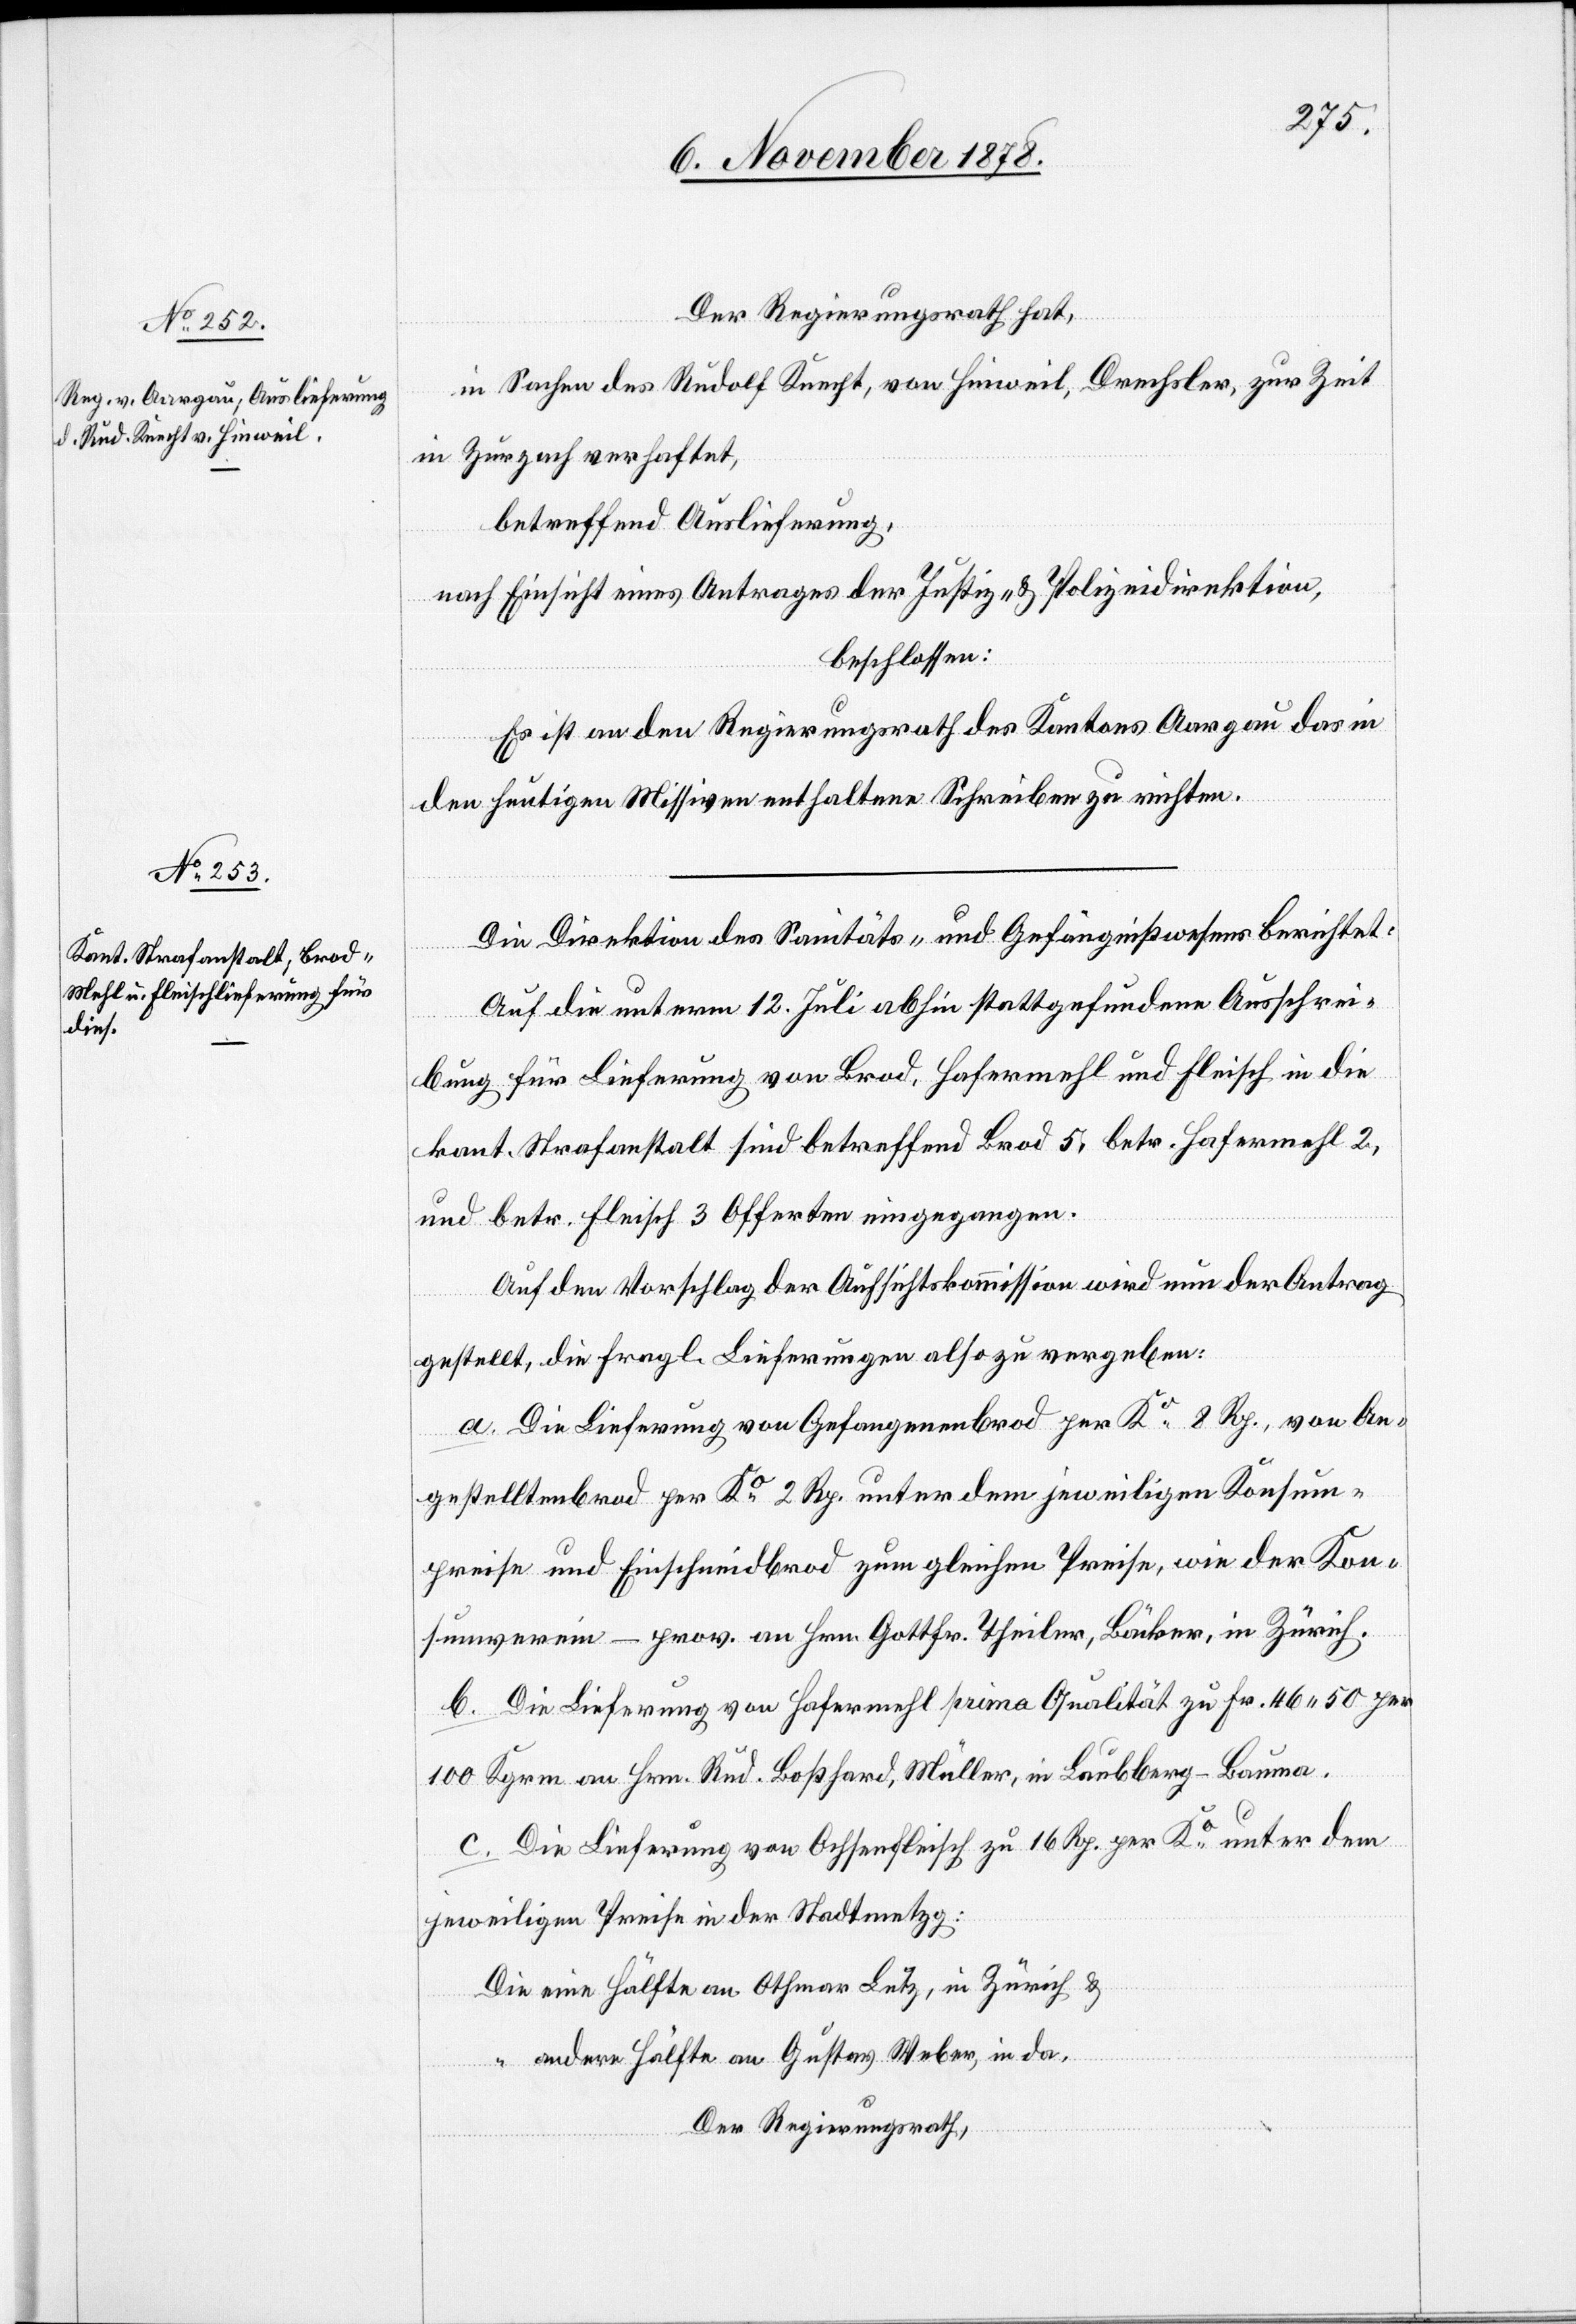
Der Regierungsrath hat,
in Sachen des Rudolf Knecht, von Hinweil, Drechsler, zur Zeit
in Zurzach verhaftet,
betreffend Auslieferung,
nach Einsicht eines Antrages der Justiz- & Polizeidirektion,
beschlossen:
Es ist an den Regierungsrath des Kantons Aargau das in
den heutigen Missiven enthaltene Schreiben zu richten.
Die Direktion des Sanitäts- & Gefängnißwesens berichtet:
Auf die unterm 12. Juli abhin stattgefundene Ausschrei¬
bung für Lieferung von Brod, Hafermehl und Fleisch in die
kant. Strafanstalt sind betreffend Brod 5, betr. Hafermehl 2,
und betr. Fleisch 3 Offerten eingegangen.
Auf den Vorschlag der Aufsichtskommission wird nun der Antrag
gestellt, die fragl. Lieferungen also zu vergeben:
a. Die Lieferung von Gefangenenbrod per Ko 8 Rp., von An¬
gestelltenbrod per Ko 2 Rp. unter dem jeweiligen Konsum¬
preise und Einschneidbrod zum gleichen Preise, wie der Kon¬
sumverein – prov. an Hrn. Gottfr. Theiler, Bäcker, in Zürich.
b. Die Lieferung von Hafermehl prima Qualität zu Fr. 46 50 per
100 Kgrm. an Hrn. Rud. Boßhard, Müller, in Laubberg - Bauma.
c. Die Lieferung von Ochsenfleisch zu 16 Rp. per Ko unter dem
jeweiligen Preise in der Stadtmetzg:
Die eine Hälfte an Othmar Lutz, in Zürich &
“ andere Hälfte an Gustav Weber, in da.
Der Regierungsrath,